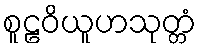
စူဠဝိယူဟသုတ္တံ